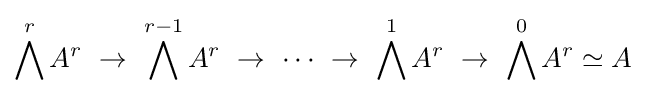
\bigwedge ^{r}A^{r}\ \to \ \bigwedge ^{r-1}A^{r}\ \to \ \cdots \ \to \ \bigwedge ^{1}A^{r}\ \to \ \bigwedge ^{0}A^{r}\simeq A